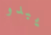
يبدو